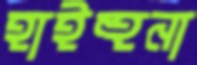
হাইহুনা